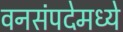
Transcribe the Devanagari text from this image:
वनसंपदेमध्ये